Madras plague regulations in force outside the Presidency town - Volume 5
Disease focus: Plague
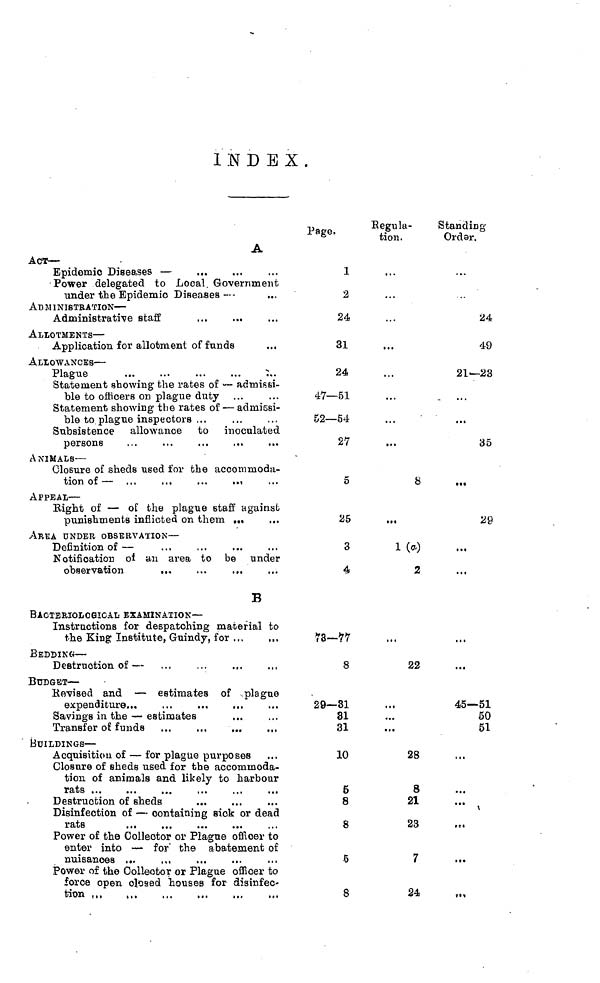
INDEX.
A
ACt —
Epidemic Diseases —
Power delegated to Local Government
under the Epidemic Diseases —
ADMINISTRATION —
Administrative staff
ALLOTMENTS —
Application for allotment of funds
ALLOWANCES —
Plague
Statement showing the rates of — admissi-
ble to officers on plague duty
Statement showing the rates of — admissi-
ble to plague
inspectors
Subsistence allowance to
inoculated
persons
ANIMALS —
Closure of sheds used for the accommoda-
APPEAL —
Right of — of the plague staff against
punishments inflicted on them ...
ARICA UNDER OBSERVATION —
Definition of —
Notification oí an area to be under
B
BACTERIOLOGICAL EXAMINATION —
Instructions for despatching material to
the King Institute, Guindy, for
BEDDING —
Destruction of —
BUDGET —
Revised and — estimates of plague
expenditure
Savings in the — estimates
Transfer of
funds
BUILDINGS —
Acquisition of — for plague purposes
Closure of sheds used for the accommoda-
tion of animals and likely to harbour
rats
Destruction of sheds
Disinfection of — containing sick or dead
rats
Power of the Collector or Plague officer to
enter into — for the abatement of
nuisances
Power of the Collector or Plague officer to
fores open closed houses for disinfec-
tion
Page.
1
2
24
31
24
47—51
52—54
27
5
25
3
4
73—77
8
29—31
31
31
10
5
8
8
5
8
Regula-
tion.
8
1 (a)
2
22
28
8
21
23
7
24
Standing
Order.
24
49
21—23
35
29
45—51
50
51